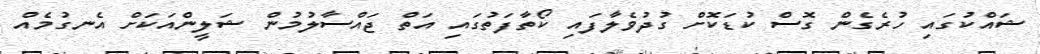
ޝައްކުގައި ހުރެގެން ގޮސް ކުޑަކޮށް ގުދުވެލާފައި ކޯތާފަތުގައި އަތް ޖައްސާލުމުން ޝަލީންއަކަށް އެނގުމެއް